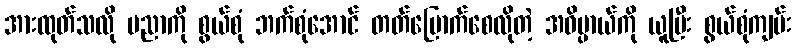
အားထုတ်သလို ပညာကို စွယ်စုံ ဘက်စုံအောင် တတ်မြောက်စေလိုတဲ့ အဓိပ္ပာယ်ကို ယူပြီး စွယ်စုံကျမ်း